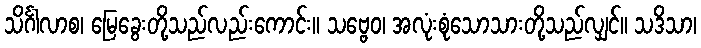
သိင်္ဂါလာစ၊ မြေခွေးတို့သည်လည်းကောင်း။ သဗ္ဗေဝ၊ အလုံးစုံသောသားတို့သည်လျှင်။ သဒိသာ၊